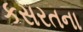
કસરતના